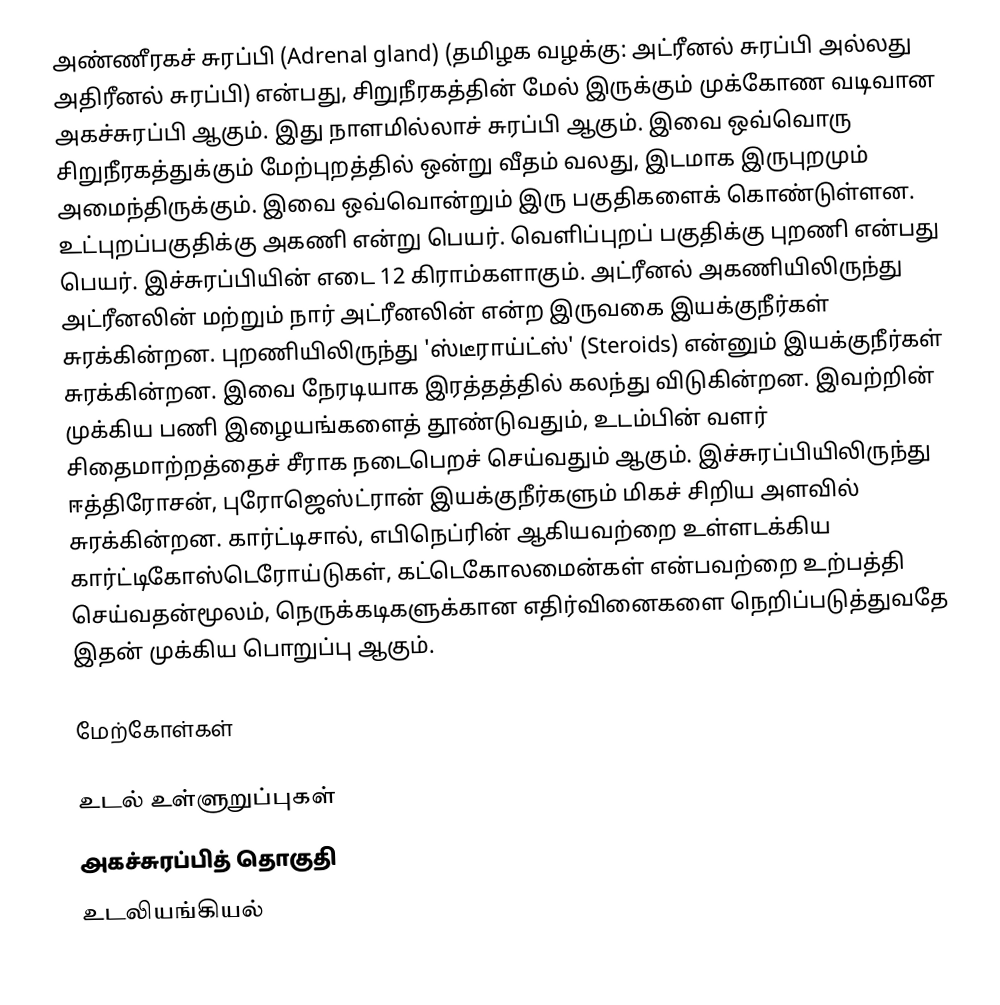
அண்ணீரகச் சுரப்பி (Adrenal gland) (தமிழக வழக்கு: அட்ரீனல் சுரப்பி அல்லது அதிரீனல் சுரப்பி) என்பது, சிறுநீரகத்தின் மேல் இருக்கும் முக்கோண வடிவான அகச்சுரப்பி ஆகும். இது நாளமில்லாச் சுரப்பி ஆகும். இவை ஒவ்வொரு சிறுநீரகத்துக்கும் மேற்புறத்தில் ஒன்று வீதம் வலது, இடமாக இருபுறமும் அமைந்திருக்கும். இவை ஒவ்வொன்றும் இரு பகுதிகளைக் கொண்டுள்ளன. உட்புறப்பகுதிக்கு அகணி  என்று பெயர். வெளிப்புறப் பகுதிக்கு புறணி என்பது பெயர். இச்சுரப்பியின் எடை 12 கிராம்களாகும். அட்ரீனல் அகணியிலிருந்து அட்ரீனலின் மற்றும் நார் அட்ரீனலின் என்ற இருவகை இயக்குநீர்கள் சுரக்கின்றன. புறணியிலிருந்து 'ஸ்டீராய்ட்ஸ்' (Steroids)  என்னும் இயக்குநீர்கள் சுரக்கின்றன. இவை நேரடியாக இரத்தத்தில் கலந்து விடுகின்றன. இவற்றின் முக்கிய பணி இழையங்களைத் தூண்டுவதும், உடம்பின் வளர் சிதைமாற்றத்தைச் சீராக நடைபெறச் செய்வதும் ஆகும். இச்சுரப்பியிலிருந்து ஈத்திரோசன், புரோஜெஸ்ட்ரான் இயக்குநீர்களும் மிகச் சிறிய அளவில் சுரக்கின்றன. கார்ட்டிசால், எபிநெப்ரின் ஆகியவற்றை உள்ளடக்கிய கார்ட்டிகோஸ்டெரோய்டுகள், கட்டெகோலமைன்கள் என்பவற்றை உற்பத்தி செய்வதன்மூலம், நெருக்கடிகளுக்கான எதிர்வினைகளை நெறிப்படுத்துவதே இதன் முக்கிய பொறுப்பு ஆகும்.

மேற்கோள்கள்

உடல் உள்ளுறுப்புகள்
அகச்சுரப்பித் தொகுதி
உடலியங்கியல்